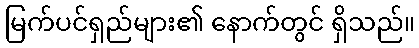
မြက်ပင်ရှည်များ၏ နောက်တွင် ရှိသည်။